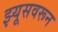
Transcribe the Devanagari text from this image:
झ्यूसवरून